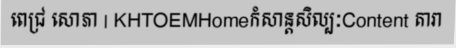
ពេជ្រ សោភា | KHTOEMHomeកំសាន្តសិល្បៈContent តារា